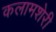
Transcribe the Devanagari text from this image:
कलामशेरी